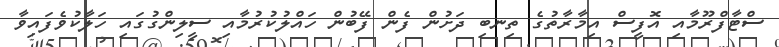
ސްޓާފްރޫމާއި އޮފީސް އިމާރާތުގެ ތިނބި ދަށުން ފެން ފޭބުން ހައްލުކުރުމާއި ސީލިންގުގައި ހަލާކުވެފައިވާ